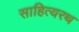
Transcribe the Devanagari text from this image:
साहित्यरथ